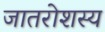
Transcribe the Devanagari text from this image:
जातरोशस्य